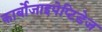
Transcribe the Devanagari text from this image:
कार्बोजाइपेप्टिडेज